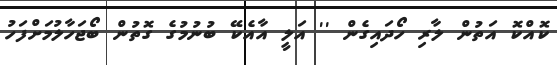
ކޮއްކޮ އަތުން ލާރި ހޯދައިގެން '' އަލީ އާއެކޭ ބުނުމުގެ ގޮތުން ބޯޖަހާލުމަށްފަހު